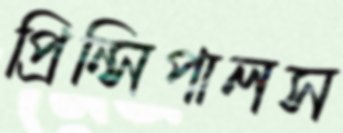
প্রিন্সিপালস